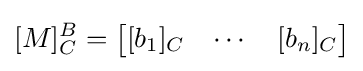
\lbrack M\rbrack _{C}^{B}={\begin{bmatrix}\lbrack b_{1}\rbrack _{C}&\cdots &\lbrack b_{n}\rbrack _{C}\end{bmatrix}}